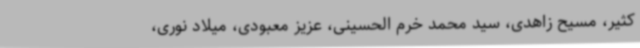
کثیر، مسیح زاهدی، سید محمد خرم الحسینی، عزیز معبودی، میلاد نوری،